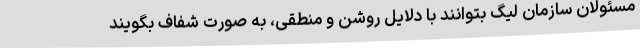
مسئولان سازمان لیگ بتوانند با دلایل روشن و منطقی، به صورت شفاف بگویند